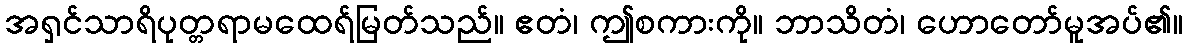
အရှင်သာရိပုတ္တရာမထေရ်မြတ်သည်။ ဧတံ၊ ဤစကားကို။ ဘာသိတံ၊ ဟောတော်မူအပ်၏။